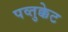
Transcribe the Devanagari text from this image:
पव्तुक्केट